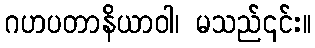
ဂဟပတာနိယာဝါ၊ မသည်၎င်း။